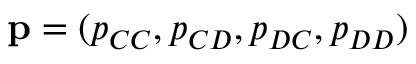
\mathbf { p } = ( p _ { C C } , p _ { C D } , p _ { D C } , p _ { D D } )